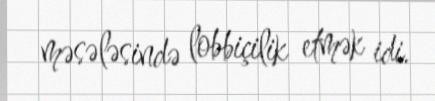
məsələsində lobbiçilik etmək idi.